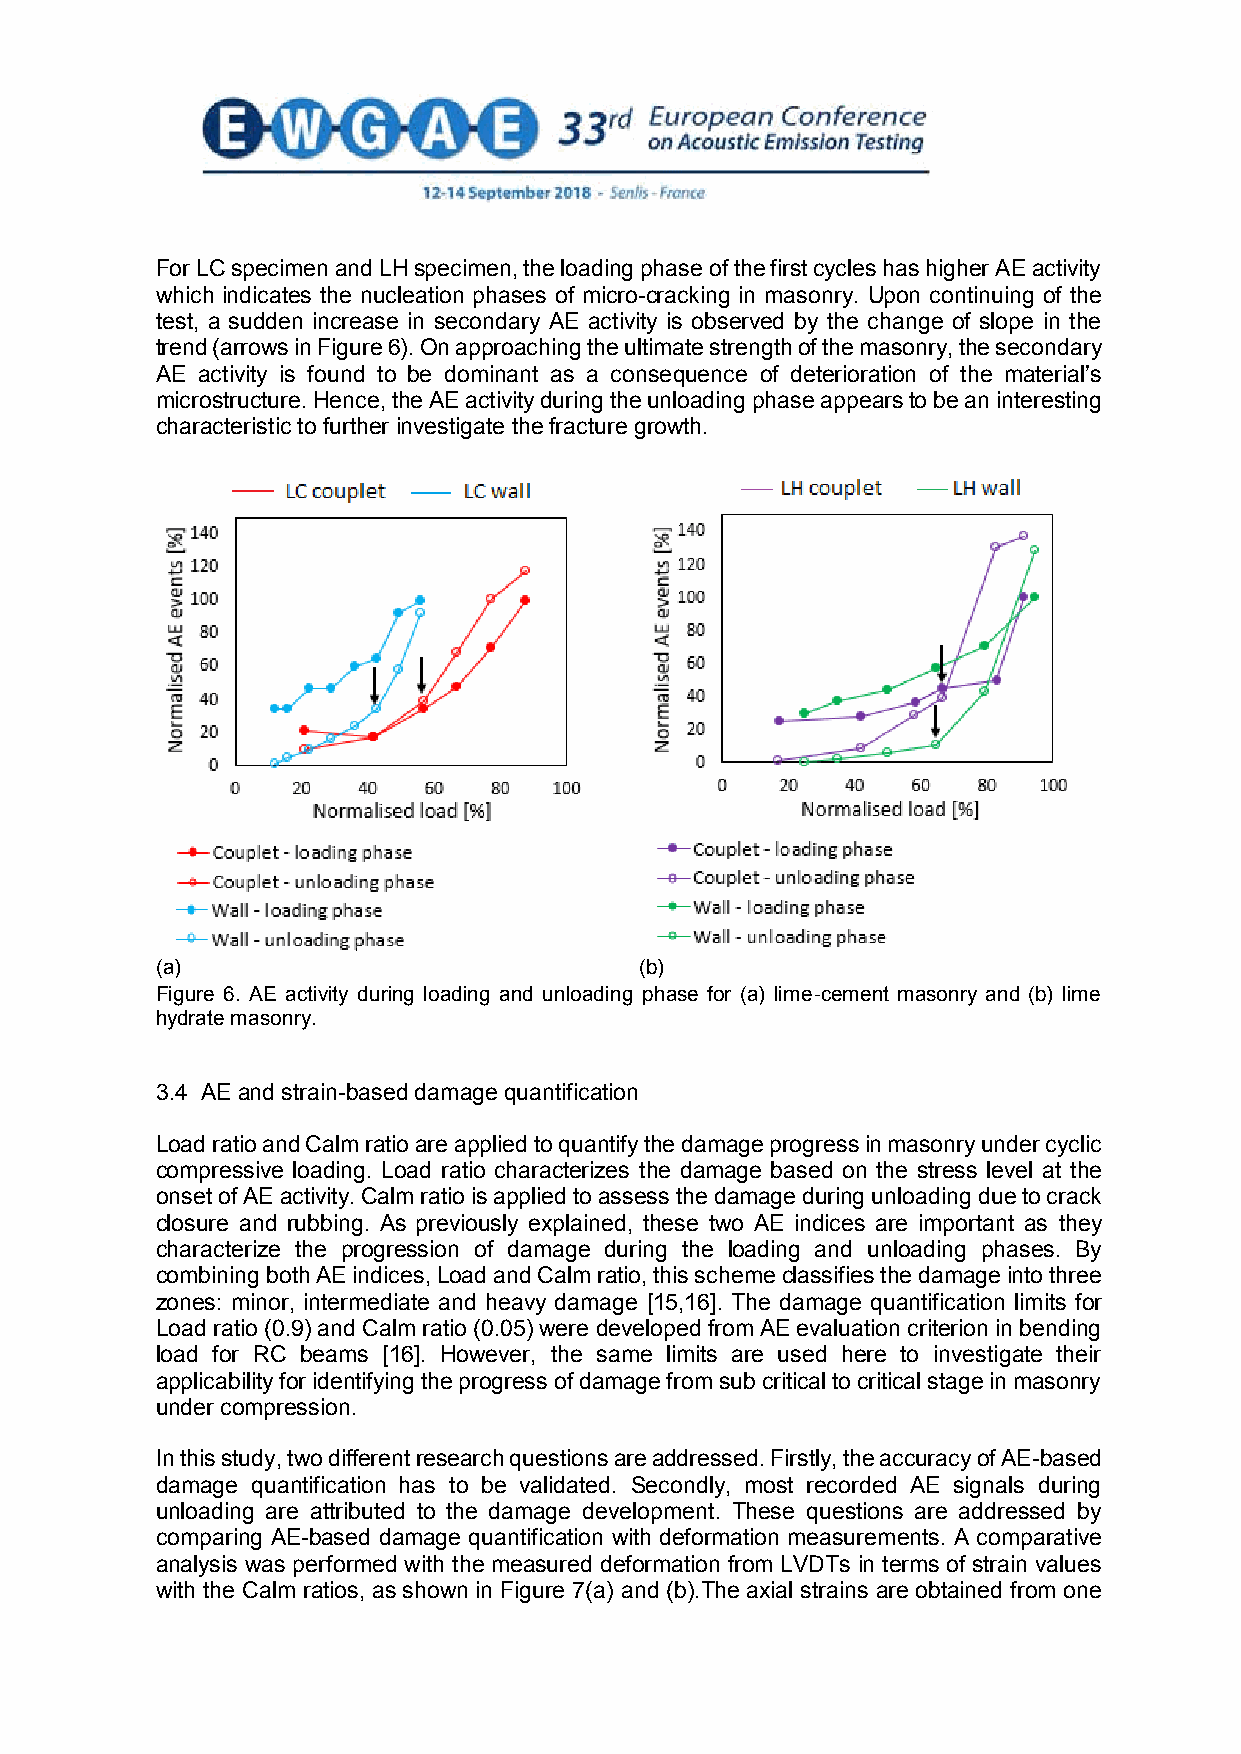
For LC specimen and LH specimen, the loading phase of the first cycles has higher AE activity
 which indicates the nucleation phases of micro-cracking in masonry. Upon continuing of the
 test, a sudden increase in secondary AE activity is observed by the change of slope in the
 trend (arrows in Figure 6). On approaching the ultimate strength of the masonry, the secondary
 AE activity is found to be dominant as a consequence of deterioration of the material’s
 microstructure. Hence, the AE activity during the unloading phase appears to be an interesting
 characteristic to further investigate the fracture growth.
 (a)                             (b)
 Figure 6. AE activity during loading and unloading phase for (a) lime-cement masonry and (b) lime
 hydrate masonry.
 3.4 AE and strain-based damage quantification
 Load ratio and Calm ratio are applied to quantify the damage progress in masonry under cyclic
 compressive loading. Load ratio characterizes the damage based on the stress level at the
 onset of AE activity. Calm ratio is applied to assess the damage during unloading due to crack
 closure and rubbing. As previously explained, these two AE indices are important as they
 characterize the progression of damage during the loading and unloading phases. By
 combining both AE indices, Load and Calm ratio, this scheme classifies the damage into three
 zones: minor, intermediate and heavy damage [15,16]. The damage quantification limits for
 Load ratio (0.9) and Calm ratio (0.05) were developed from AE evaluation criterion in bending
 load for RC beams [16]. However, the same limits are used here to investigate their
 applicability for identifying the progress of damage from sub critical to critical stage in masonry
 under compression.
 In this study, two different research questions are addressed. Firstly, the accuracy of AE-based
 damage quantification has to be validated. Secondly, most recorded AE signals during
 unloading are attributed to the damage development. These questions are addressed by
 comparing AE-based damage quantification with deformation measurements. A comparative
 analysis was performed with the measured deformation from LVDTs in terms of strain values
 with the Calm ratios, as shown in Figure 7(a) and (b).The axial strains are obtained from one
 7